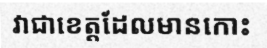
វាជាខេត្តដែលមានកោះ